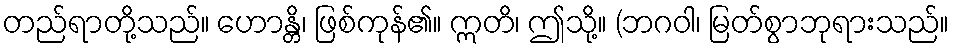
တည်ရာတို့သည်။ ဟောန္တိ၊ ဖြစ်ကုန်၏။ ဣတိ၊ ဤသို့။ (ဘဂဝါ၊ မြတ်စွာဘုရားသည်။